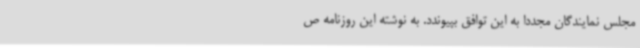
مجلس نمایندگان مجددا به این توافق بپیوندد. به نوشته این روزنامه ص